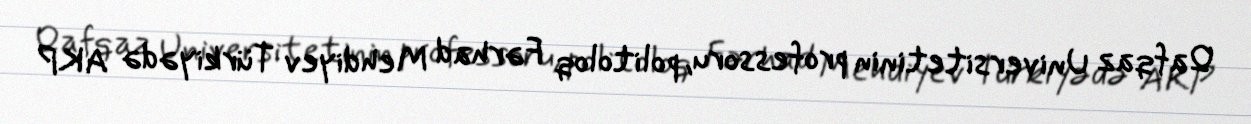
Qafqaz Universitetinin professoru, politoloq Fərhad Mehdiyev Türkiyədə AKP